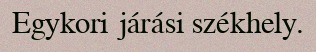
Egykori járási székhely.